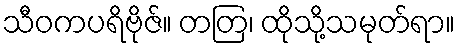
သီဝကပရိဗိုဇ်။ တတြ၊ ထိုသို့သမုတ်ရာ။